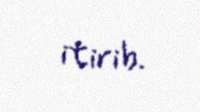
itirib.